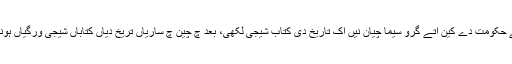
اس ویلے حکومت دے کین اتے گرو سیما چیان نیں اک تاریخ دی کتاب شیجی لکھی، بعد چ چین چ ساریاں تریخ دیاں کتاباں شیجی ورگیاں ہوندیاں سن۔